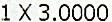
1 X 3.0000